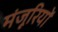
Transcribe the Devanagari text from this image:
मंजूरियों